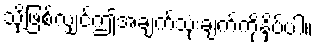
သို့ဖြစ်လျှင်ဤအချက်သုံးချက်ကိုနှိပ်ပါ။